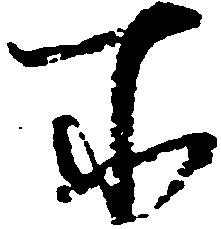
所